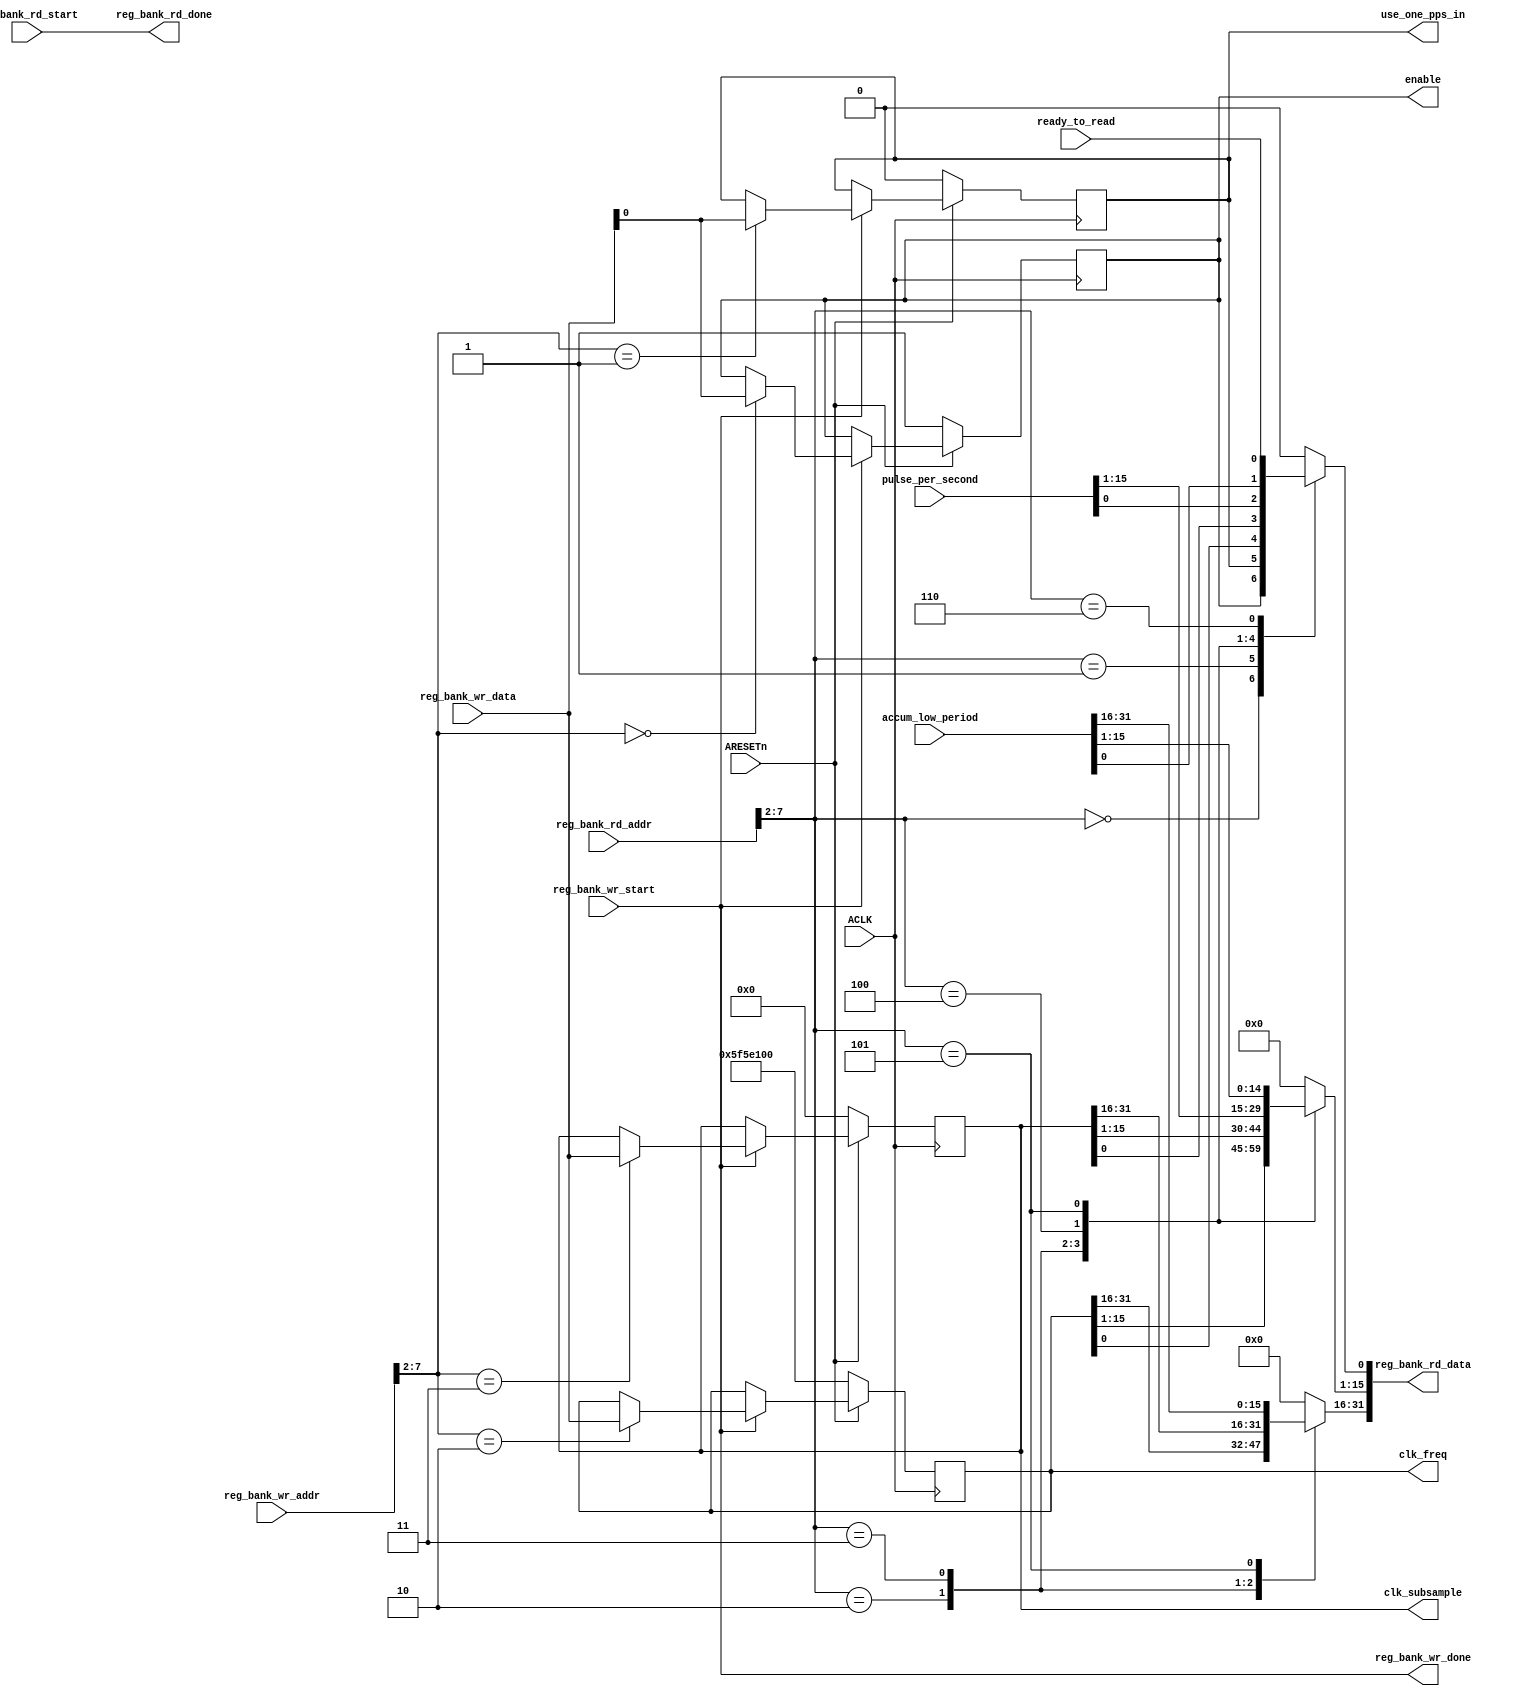
module pc_ctrl_pm0 #(
  parameter DATA_W_IN_BYTES           = 4,
  parameter ADDR_W_IN_BITS            = 32,
  parameter DCADDR_LOW_BIT_W          = 8
) (

  input  wire [31:0]      accum_low_period,
  input  wire [15:0]      pulse_per_second,
  input  wire             ready_to_read   ,

  output reg  [31:0]      clk_freq         = 32'd100000000,
  output reg  [31:0]      clk_subsample    = 32'd0,
  output reg              enable           = 1'd1,
  output reg              use_one_pps_in   = 1'd0,

  input  wire                                       reg_bank_rd_start, // read start strobe
  output wire                                       reg_bank_rd_done,  // read done  strobe
  input  wire [DCADDR_LOW_BIT_W - 1:0]              reg_bank_rd_addr,  // read address bus
  output reg  [(DATA_W_IN_BYTES*8) - 1:0]           reg_bank_rd_data=0,// read data bus

  input  wire                                       reg_bank_wr_start, // write start strobe
  output wire                                       reg_bank_wr_done,  // write done  strobe
  input  wire [DCADDR_LOW_BIT_W - 1:0]              reg_bank_wr_addr,  // write address bus
  input  wire [(DATA_W_IN_BYTES*8) - 1:0]           reg_bank_wr_data,  // write data bus

  input  wire                                       ACLK             , // Clock source 
  input  wire                                       ARESETn            // Reset source

);

//------------------------------------------------------------------------------
// Declare registers
//------------------------------------------------------------------------------

//------------------------------------------------------------------------------
// In the basic bank these are completed straight away. Recall ....XX_start is
// a registered signal.
//------------------------------------------------------------------------------
assign reg_bank_wr_done = reg_bank_wr_start;
assign reg_bank_rd_done = reg_bank_rd_start;

//------------------------------------------------------------------------------
// Write logic
//------------------------------------------------------------------------------
always @(posedge ACLK) begin
   if(!ARESETn) begin
      clk_freq         <= 32'd100000000;
      clk_subsample    <= 32'd0;
      enable           <= 1'd1;
      use_one_pps_in   <= 1'd0;
   end else begin
      if(reg_bank_wr_start) begin
         case (reg_bank_wr_addr[DCADDR_LOW_BIT_W-1:2])
         0 : begin
             enable           <= reg_bank_wr_data[0:0];
         end
         1 : begin
             use_one_pps_in   <= reg_bank_wr_data[0:0];
         end
         2 : begin
             clk_freq         <= reg_bank_wr_data[31:0];
         end
         3 : begin
             clk_subsample    <= reg_bank_wr_data[31:0];
         end
         endcase
      end
   end
end

//------------------------------------------------------------------------------
// READ logic
//------------------------------------------------------------------------------
always @(*) begin
    // Zero the complete bus. We will set specific bits in the case
    reg_bank_rd_data = 'd0;
    case (reg_bank_rd_addr[DCADDR_LOW_BIT_W-1:2])
    0 : begin
         reg_bank_rd_data[0:0]    = enable;
    end
    1 : begin
         reg_bank_rd_data[0:0]    = use_one_pps_in;
    end
    2 : begin
         reg_bank_rd_data[31:0]   = clk_freq;
    end
    3 : begin
         reg_bank_rd_data[31:0]   = clk_subsample;
    end
    4 : begin
         reg_bank_rd_data[15:0]   = pulse_per_second;
    end
    5 : begin
         reg_bank_rd_data[31:0]   = accum_low_period;
    end
    6 : begin
         reg_bank_rd_data[0:0]    = ready_to_read;
    end
    endcase
end

endmodule